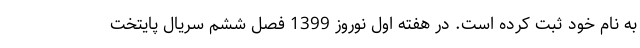
به نام خود ثبت کرده است. در هفته اول نوروز 1399 فصل ششم سریال پایتخت